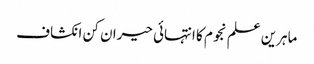
ماہرین علم نجوم کا انتہائی حیران کن انکشاف